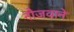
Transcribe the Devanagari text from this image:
नौजवाने